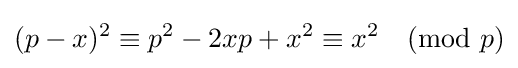
(p-x)^{2}\equiv p^{2}-{2}{x}{p}+x^{2}\equiv x^{2}{\pmod {p}}